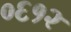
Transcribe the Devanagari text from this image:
०६१२